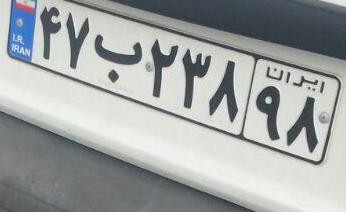
۴۷ب۲۳۸۹۸